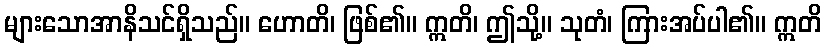
များသောအာနိသင်ရှိသည်။ ဟောတိ၊ ဖြစ်၏။ ဣတိ၊ ဤသို့။ သုတံ၊ ကြားအပ်ပါ၏။ ဣတိ